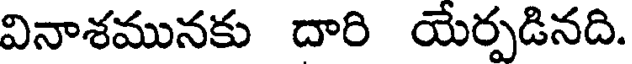
వినాశమునకు దారి యేర్పడినది.